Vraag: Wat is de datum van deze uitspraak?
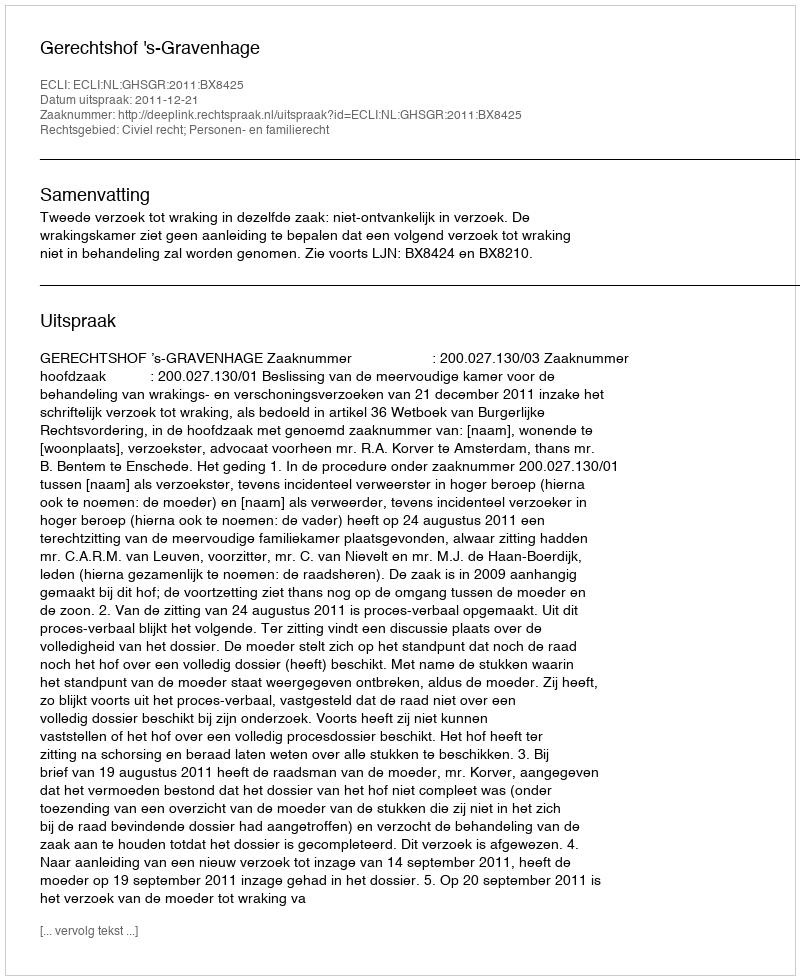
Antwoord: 2011-12-21